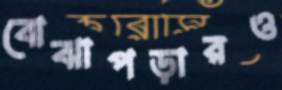
বোঝাপড়ারও